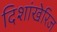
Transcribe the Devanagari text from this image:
दिशांखेरिज